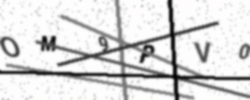
Text: OM9PV0